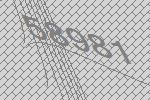
58981